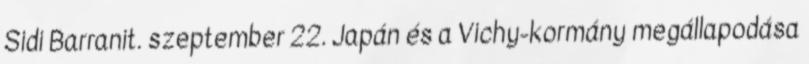
Sidi Barranit. szeptember 22. Japán és a Vichy-kormány megállapodása